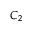
C _ { 2 }